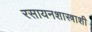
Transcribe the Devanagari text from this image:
रसायनशास्त्राशी